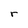
Character: r